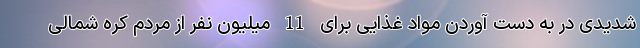
شدیدی در به دست آوردن مواد غذایی برای 11 میلیون نفر از مردم کره شمالی